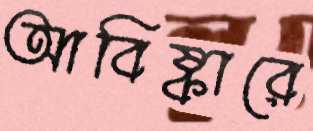
আবিষ্কারে